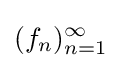
(f_{n})_{n=1}^{\infty }